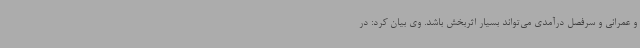
و عمرانی و سرفصل درآمدی می‌تواند بسیار اثربخش باشد. وی بیان کرد: در